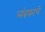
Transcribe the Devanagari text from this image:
लंबकाचे